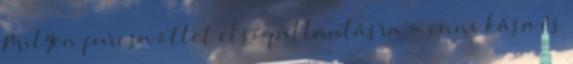
Milyen furcsa ötlet első pillantásra - enni kása és